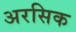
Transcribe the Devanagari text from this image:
अरसिक